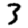
Digit: 3